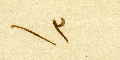
١٣